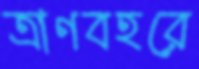
ত্রাণবহরে